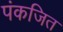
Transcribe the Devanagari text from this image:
पंकजित